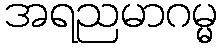
အရညမာဂမ္မ